Vaccination United Provinces of Agra and Oudh 1902-1913 - 1902-1913
Year: 1902
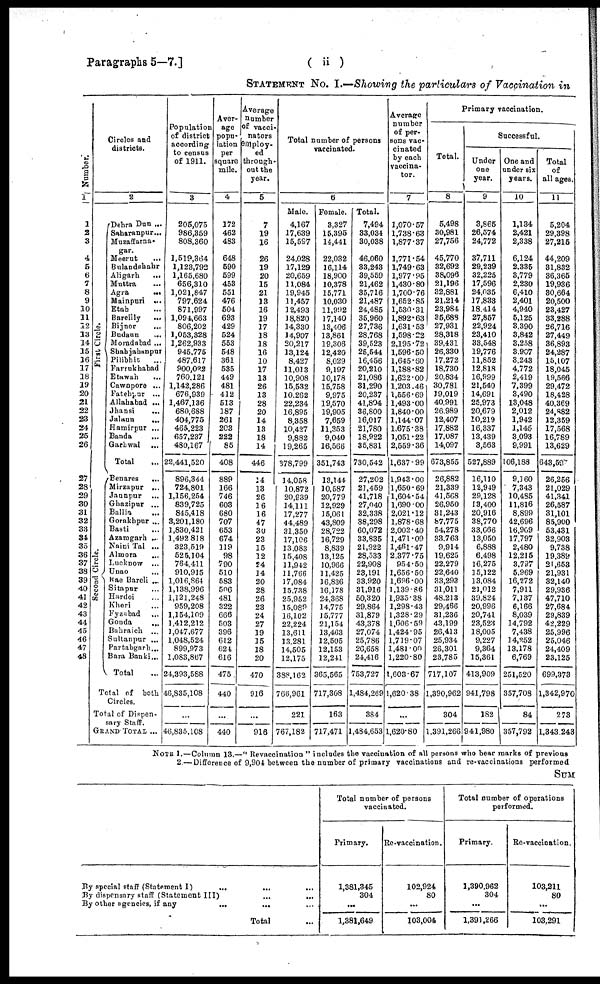
Paragraphs 5—7.]
( ii )
STATEMENT No. I.—Showing the particulars of Vaccination in
Number.
1
1
2
3
4
5
6
7
8
9
10
11
12
13
14
15
16
17
18
19
20
21
22
23
24
25
26
27
28
29
30
31
32
33
34
35
36
37
38
39
40
41
42
43
44
45
46
47
48
Circles and
districts.
2
First Circle.
Second Circle.
Dehra Dun ...
Saharanpur...
Muzaffarna¬
gar.
Meerut
...
Bulandshahr
Aligarh
...
Muttra ...
Agra ...
Mainpuri ...
Etah ...
Bareilly
...
Bijnor
...
Budaun
...
Moradabad ...
Shahjahanpur
Pilibhit ...
Farrukhabad
Etawah
...
Cawnpore ...
Fatehpur ...
Allahabad ...
Jhansi
...
Jalaun
...
Hamirpur ...
Banda
...
Garhwal
...
Total ...
Benares
...
Mirzapur ...
Jaunpur ...
Ghazipur ...
Ballia ...
Gorakhpur ...
Basti ...
Azamgarh ...
Naini Tal ...
Almora ...
Lucknow ...
Unao ...
Rae Bareli ...
Sitapur ...
Hardoi ...
Kheri ...
Fyzabad ...
Gonda
...
Bahraich ...
Sultanpur ...
Partabgarh ...
Bara Banki...
Total ...
Total of both
Circles.
Total of Dispen¬
sary Staff.
GRAND TOTAL ...
Population
of district
according
to census
of 1911.
3
205,075
986,359
808,360
1,519,364
1,123,792
1,165,680
656,310
1,021,847
797,624
871,997
1,094,663
806,202
1,053,328
1,262,933
945,775
487,617
900,022
760,121
1,142,286
676,939
1,467,136
680,688
404,775
465,223
657,237
480,167
22,441,520
896,344
724,801
1,156,254
839,725
845,418
3,201,180
1,830,421
1,492,818
323,519
525,104
764,411
910,915
1,016,864
1,138,996
1,121,248
959,208
1,154,109
1,412,212
1,047,677
1,048,524
899,973
1,083,867
24,393,588
46,835,108
...
46,835,108
Aver-
age
popu-
lation
per
square
mile.
4
172
462
483
648
590
599
453
551
476
504
693
429
524
553
548
361
535
449
481
412
513
187
261
203
222
85
408
889
166
746
603
680
707
653
674
119
98
790
510
583
506
481
322
666
503
396
612
624
616
475
440
...
440
Average
number
of vacci¬
nators
employ-
ed
through¬
out the
year.
5
7
19
16
26
19
20
15
21
13
16
19
17
18
18
16
10
17
13
26
13
28
20
14
13
18
14
446
14
13
26
16
16
47
30
23
15
12
24
14
20
28
26
23
24
27
19
15
18
20
470
916
...
916
Total number of persons
vaccinated.
6
Male.
4,167
17,639
15,597
24,028
17,129
20,659
11,084
19,945
11,457
12,493
18,820
14,330
14,907
20,217
13,124
8,427
11,013
10,908
15,532
10,262
22,234
16,895
8,358
10,427
9,882
19,265
378,799
14,058
10,872
20,839
14,111
17,277
44,489
31,350
17,106
13,083
15,408
11,942
11,766
17,084
15,738
25,952
15,089
16,102
22,224
13,611
13,281
14,505
12,175
388,162
766,961
221
767,182
Female.
3,327
15,395
14,441
22,032
16,114
18,900
10,378
15,771
10,030
11,992
17,140
13,406
13,861
19,306
12,420
8,029
9,197
10,178
15,758
9,975
19,570
19,905
7,659
11,353
9,040
16,566
351,743
13,144
10,587
20,779
12,929
15,061
43,809
28,722
16,729
8,839
13,125
10,966
11,425
16,836
16,178
24,368
14,775
15,777
21,154
13,463
12,505
12,153
12,241
365,565
717,308
163
717,471
Total.
7,494
33,034
30,038
46,060
33,243
39,559
21,462
35,716
21,487
24,485
35,960
27,736
28,768
39,523
25,544
16,456
20,210
21,086
31,290
20,237
41,804
36,800
16,017
21,780
18,922
35,831
730,542
27,202
21,459
41,718
27,040
32,338
38,298
60,072
33,835
21,922
28,533
22,908
23,191
33,920
31,916
50,320
29,864
31,879
43,378
27,074
25,786
26,658
24,416
753,727
1,484,269
384
1,484,653
Average
number
of per-
sons vac-
cinated
by each
vaccina¬
tor.
7
1,070.57
l,738.63
1,877.37
1,771.54
1,749.63
1,977.95
1,430.80
1,700.76
1,652.85
1,530.31
1,892.63
1,631.53
1,598.22
2,195.72
1,596.50
1,645.60
1,188.82
1,622.00
1,203.46
1,556.69
1,493.00
1,840.00
1,144.07
1,675.38
1,051.22
2,559.36
1,637.99
1,943.00
1,650.69
1,604.54
1,690.00
2,021.12
1,878.68
2,002.40
1,471.09
1,461.47
2,377.75
954.50
1,656.50
1,696.00
1,139.86
1,935.38
1,298.43
1,328.29
1,606.59
1,424.95
1,719.07
1,481.00
1,220.80
1,603.67
1,620.38
...
1,620.80
Primary vaccination.
Total.
8
5,498
30,981
27,756
45,770
32,692
38,096
21,196
32,881
21,214
23,984
35,688
27,931
28,318
39,431
26,330
17,272
18,730
20,834
30,781
19,019
40,991
26,989
12,407
17,882
17,087
14,097
673,855
26,882
21,339
41,568
26,950
31,243
87,775
54,278
33,763
9,914
19,625
22,279
22,640
33,293
31,011
48,213
29,466
31,236
43,199
26,413
25,934
26,301
23,785
717,107
1,390,962
304
1,391,266
Successful.
Under
one
year.
9
3,865
26,574
24,772
37,711
29,239
32,225
17,596
24,035
17,833
18,414
27,857
22,924
23,410
33,548
19,776
11,852
12,818
16,999
21,540
14,691
25,973
20,679
10,219
16,337
13,439
3,563
527,889
16,110
12,949
29,128
13,400
20,916
38,770
33,666
13,050
6,888
6,498
16,275
15,122
13,084
21,012
39,824
20,996
20,741
23,523
18,005
9,227
9,364
15,361
413,909
941,798
182
941,980
One and
under six
years.
10
1,134
2,421
2,338
6,124
2,335
3,779
2,230
6,410
2,401
4,940
5,125
3,390
3,842
3,258
3,907
3,243
4,772
2,419
7,399
3,490
13,048
2,012
1,942
1,145
3,093
9,991
106,188
9,160
7,343
10,485
11,816
8,899
42,696
16,909
17,797
2,480
12,215
3,797
5,969
16,272
7,911
7,137
6,166
8,039
14,792
7,438
14,252
13,178
6,769
251,520
357,708
84
357,792
Total
of
all ages.
11
5,204
29,398
27,215
44,209
31,832
36,365
19,936
30,664
20,500
23,427
33,288
26,716
27,449
36,893
24,287
15,107
18,045
19,566
29,472
18,428
40,369
24,882
12,359
17,568
16,789
13,629
643,597
26,256
21,029
41,341
26,587
31,101
85,900
53,431
32,903
9,738
19,389
21,653
21,931
32,140
29,936
47,710
27,684
29,839
42,229
25,996
25,046
24,409
23,125
699,373
1,342,970
273
1,343,243
NOTE 1.—Column 13.—"Revaccination" includes the vaccination of all persons who bear marks of previous
2.—Difference of 9,904 between the number of primary vaccinations and re-vaccinations performed
SUM
By special staff (Statement I) ... ... ...
By dispensary staff (Statement III)
...
...
By other agencies, if any
...
... ...
Total
Total number of persons
vaccinated.
Primary.
1,381,345
304
...
1,381,649
Re-vaccination.
102,924
80
...
103,004
Total number of operations
performed.
Primary.
1,390,962
304
...
1,391,266
Re-vaccination.
103,211
80
...
103,291